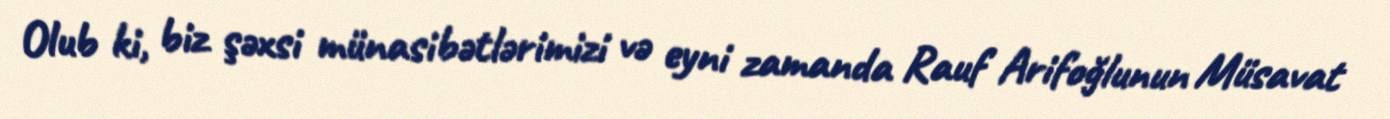
Olub ki, biz şəxsi münasibətlərimizi və eyni zamanda Rauf Arifoğlunun Müsavat